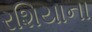
રશિયાના